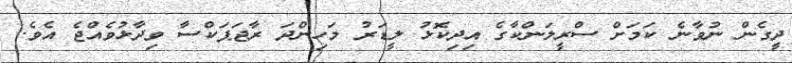
ދީގެން ނުވާނެ ކަމަށް ސްރީލަންކާގެ އިދިކޮޅު ލީޑަރު މަހިންދަ ރާޖަޕަކްސާ ވިދާޅުވެއްޖެ އެވެ.